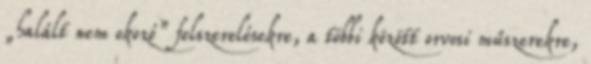
„halált nem okozó” felszerelésekre, a többi között orvosi műszerekre,